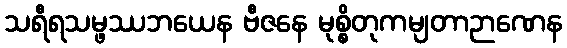
သရီရသမ္ဖဿဘယေန ဗီဇနေ မုစ္စိတုကမျတာဉာဏေန